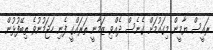
ރައީސް ޔާމީން މިގައުމަށް ގެނެސް ދެއްވި ޒަމާނީ ތަރައްގީ ފެނި ހަޖަމުނުވެ ތިބޭފުޅުން